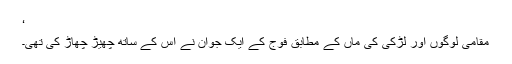
‘
مقامی لوگوں اور لڑکی کی ماں کے مطابق فوج کے ایک جوان نے اس کے ساتھ چھیڑ چھاڑ کی تھی۔